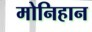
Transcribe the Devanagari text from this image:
मोनिहान